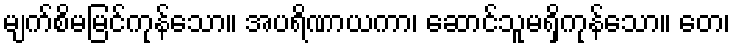
မျက်စိမမြင်ကုန်သော။ အပရိဏာယကာ၊ ဆောင်သူမရှိကုန်သော။ တေ၊